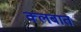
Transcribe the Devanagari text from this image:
क्‍लबात